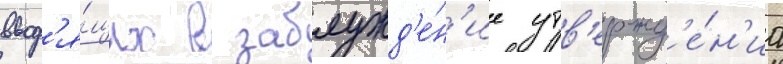
ввод'я́щих в заблужд'е́н'ие утв'ержд'е́н'иа